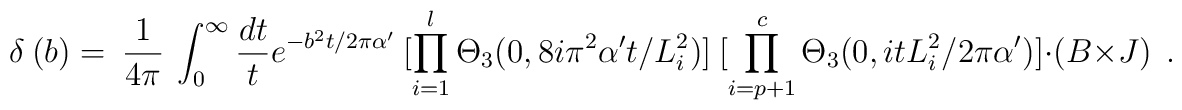
\delta~(b)=~\frac{1}{4\pi}~\int_0^\infty \frac{dt}{t}e^{-b^2 t / 2\pi\alpha'}~[\prod_{i=1}^l\Theta_3(0,8i\pi^2\alpha' t /L_i^2)]~[\prod_{i=p+1}^c\Theta_3 (0,it L_i^2/2\pi \alpha')] \cdot (B \times J) ~~.